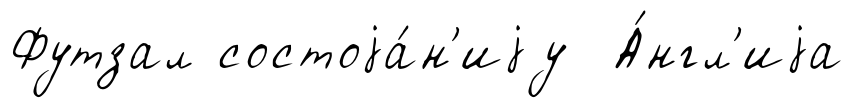
Футзал состоjа́н'иjу А́нгл'иjа